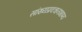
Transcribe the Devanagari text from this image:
सांख्यप्रवचनभाष्य